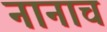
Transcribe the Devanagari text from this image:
नानाच